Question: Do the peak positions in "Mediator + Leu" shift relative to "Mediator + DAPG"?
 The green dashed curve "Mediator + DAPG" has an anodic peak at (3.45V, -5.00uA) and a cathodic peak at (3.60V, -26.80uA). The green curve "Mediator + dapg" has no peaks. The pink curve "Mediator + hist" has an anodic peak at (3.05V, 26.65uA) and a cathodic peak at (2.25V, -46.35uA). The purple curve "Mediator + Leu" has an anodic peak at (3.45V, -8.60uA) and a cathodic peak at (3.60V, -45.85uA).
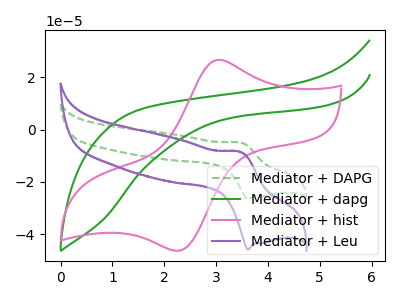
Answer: <think>All the peaks in "Mediator + Leu" have a peak in "Mediator + DAPG" at the same potential.
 </think>
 <answer>No, "Mediator + Leu" and "Mediator + DAPG" don't appear to be significantly different in shape</answer>
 <eval>no_change</eval>